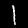
Digit: 1